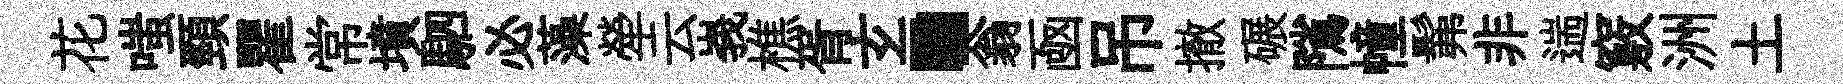
花嗤頸瞿常墳駟必藻犖云峩樵胥𤣥·翁凾吊撤碾隲幢髴非遄竅洲土